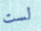
لست